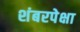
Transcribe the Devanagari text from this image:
शंबरपेक्षा